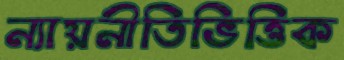
ন্যায়নীতিভিত্তিক